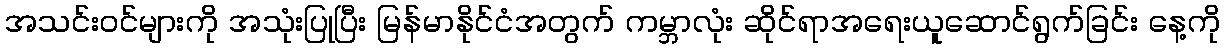
အသင်းဝင်များကို အသုံးပြုပြီး မြန်မာနိုင်ငံအတွက် ကမ္ဘာလုံး ဆိုင်ရာအရေးယူဆောင်ရွက်ခြင်း နေ့ကို